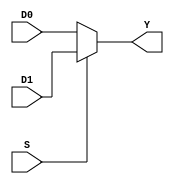
// Electrnica digital
// Laboratorio #5
// --------------------------Valerie Valdez 19659-------------------------------

// Muxes de uso general

// Mux 2:1
module MUX2_1(input wire S, D0, D1, output wire Y); //Generar y nombrar el mdulo
// Cuando S es = 0, toma el valor menos significativo. Cuando S es = 1, toma el valor ms significativo
    assign Y = S? D1 : D0;

endmodule


// Mux 4:1
module MUX4_1(input wire D0, D1, D2, D3, input wire [1:0]S1, output wire Y);

  wire Y1, Y2;

  MUX2_1 m1(S1[0], D0, D1, Y1);
  MUX2_1 m2(S1[0], D2, D3, Y2);
  MUX2_1 m3(S1[1], Y1, Y2, Y);

endmodule


// Mux 8:1
module MUX8_1(input wire D0, D1, D2, D3, D4, D5, D6, D7, input wire [2:0]S1, output wire Y);

  wire Y1, Y2;

  MUX4_1 m1(D0, D1, D2, D3, S1[1:0], Y1);
  MUX4_1 m2(D4, D5, D6, D7, S1[1:0], Y2);
  MUX2_1 m3(S1[2], Y1, Y2, Y);

endmodule



// Tabla de verdad con MUX 2:1
module TABLA_1_MUX2(input wire A, B, C, output wire Y);

  assign Y1 = (B ^ C);
  assign Y2 = ~(B ^ C);
  MUX2_1 m1(A, Y1, Y2, Y);

endmodule


// Tabla de verdad con MUX 4:1

module TABLA_1_MUX4(input wire A, B, C, output wire Y);

  wire Y1;
  assign Y1 = ~C;
  wire [1:0]S1;
  assign S1[0] = B;
  assign S1[1] = A;
  MUX4_1 m1(C, ~C, ~C, C, S1[1:0], Y);

endmodule


// Tabla de verdad con MUX 8:1
module TABLA_1_MUX8(input wire A, B, C, V, G, output wire Y);

  wire [2:0]S1;
  assign S1[0] = C;
  assign S1[1] = B;
  assign S1[2] = A;
  MUX8_1 m1(G, V, V, G, V, G, G, V, S1[2:0], Y);

endmodule


// Tabla de verdad 2 con MUX 2:1
module TABLA_2_MUX2(input wire A, B, C, output wire Y);

  assign Y1 = (B ~| C);
  assign Y2 = ~(B & C);
  MUX2_1 m1(A, Y1, Y2, Y);

endmodule


// Tabla de verdad 2 con MUX 4:1
module TABLA_2_MUX4(input wire A, B, C, V, G, output wire Y);

  wire [1:0]S1;
  assign S1[0] = B;
  assign S1[1] = A;
  MUX4_1 m1(~C, G, V, ~C, S1[1:0], Y);

endmodule


// Tabla de verdad 2 con MUX 8:1
module TABLA_2_MUX8(input wire A, B, C, V, G, output wire Y);

  wire[2:0]S1;
  assign S1[0] = C;
  assign S1[1] = B;
  assign S1[2] = A;
  MUX8_1 m1(V, G, G, G, V, V, V, G, S1[2:0], Y);

endmodule